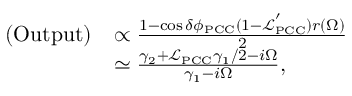
\begin{array} { r l } { \mathrm { ( O u t p u t ) } } & { \propto \frac { 1 - \cos \delta \phi _ { \mathrm { P C C } } ( 1 - \mathcal { L } _ { \mathrm { P C C } } ^ { ' } ) r ( \Omega ) } { 2 } } \\ & { \simeq \frac { \gamma _ { 2 } + \mathcal { L } _ { \mathrm { P C C } } \gamma _ { 1 } / 2 - i \Omega } { \gamma _ { 1 } - i \Omega } , } \end{array}